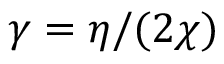
\gamma = \eta / ( 2 \chi )